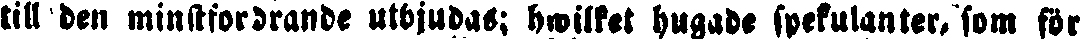
till den minstfordrande utbjudas; hwilket hugade spekulanter, som för